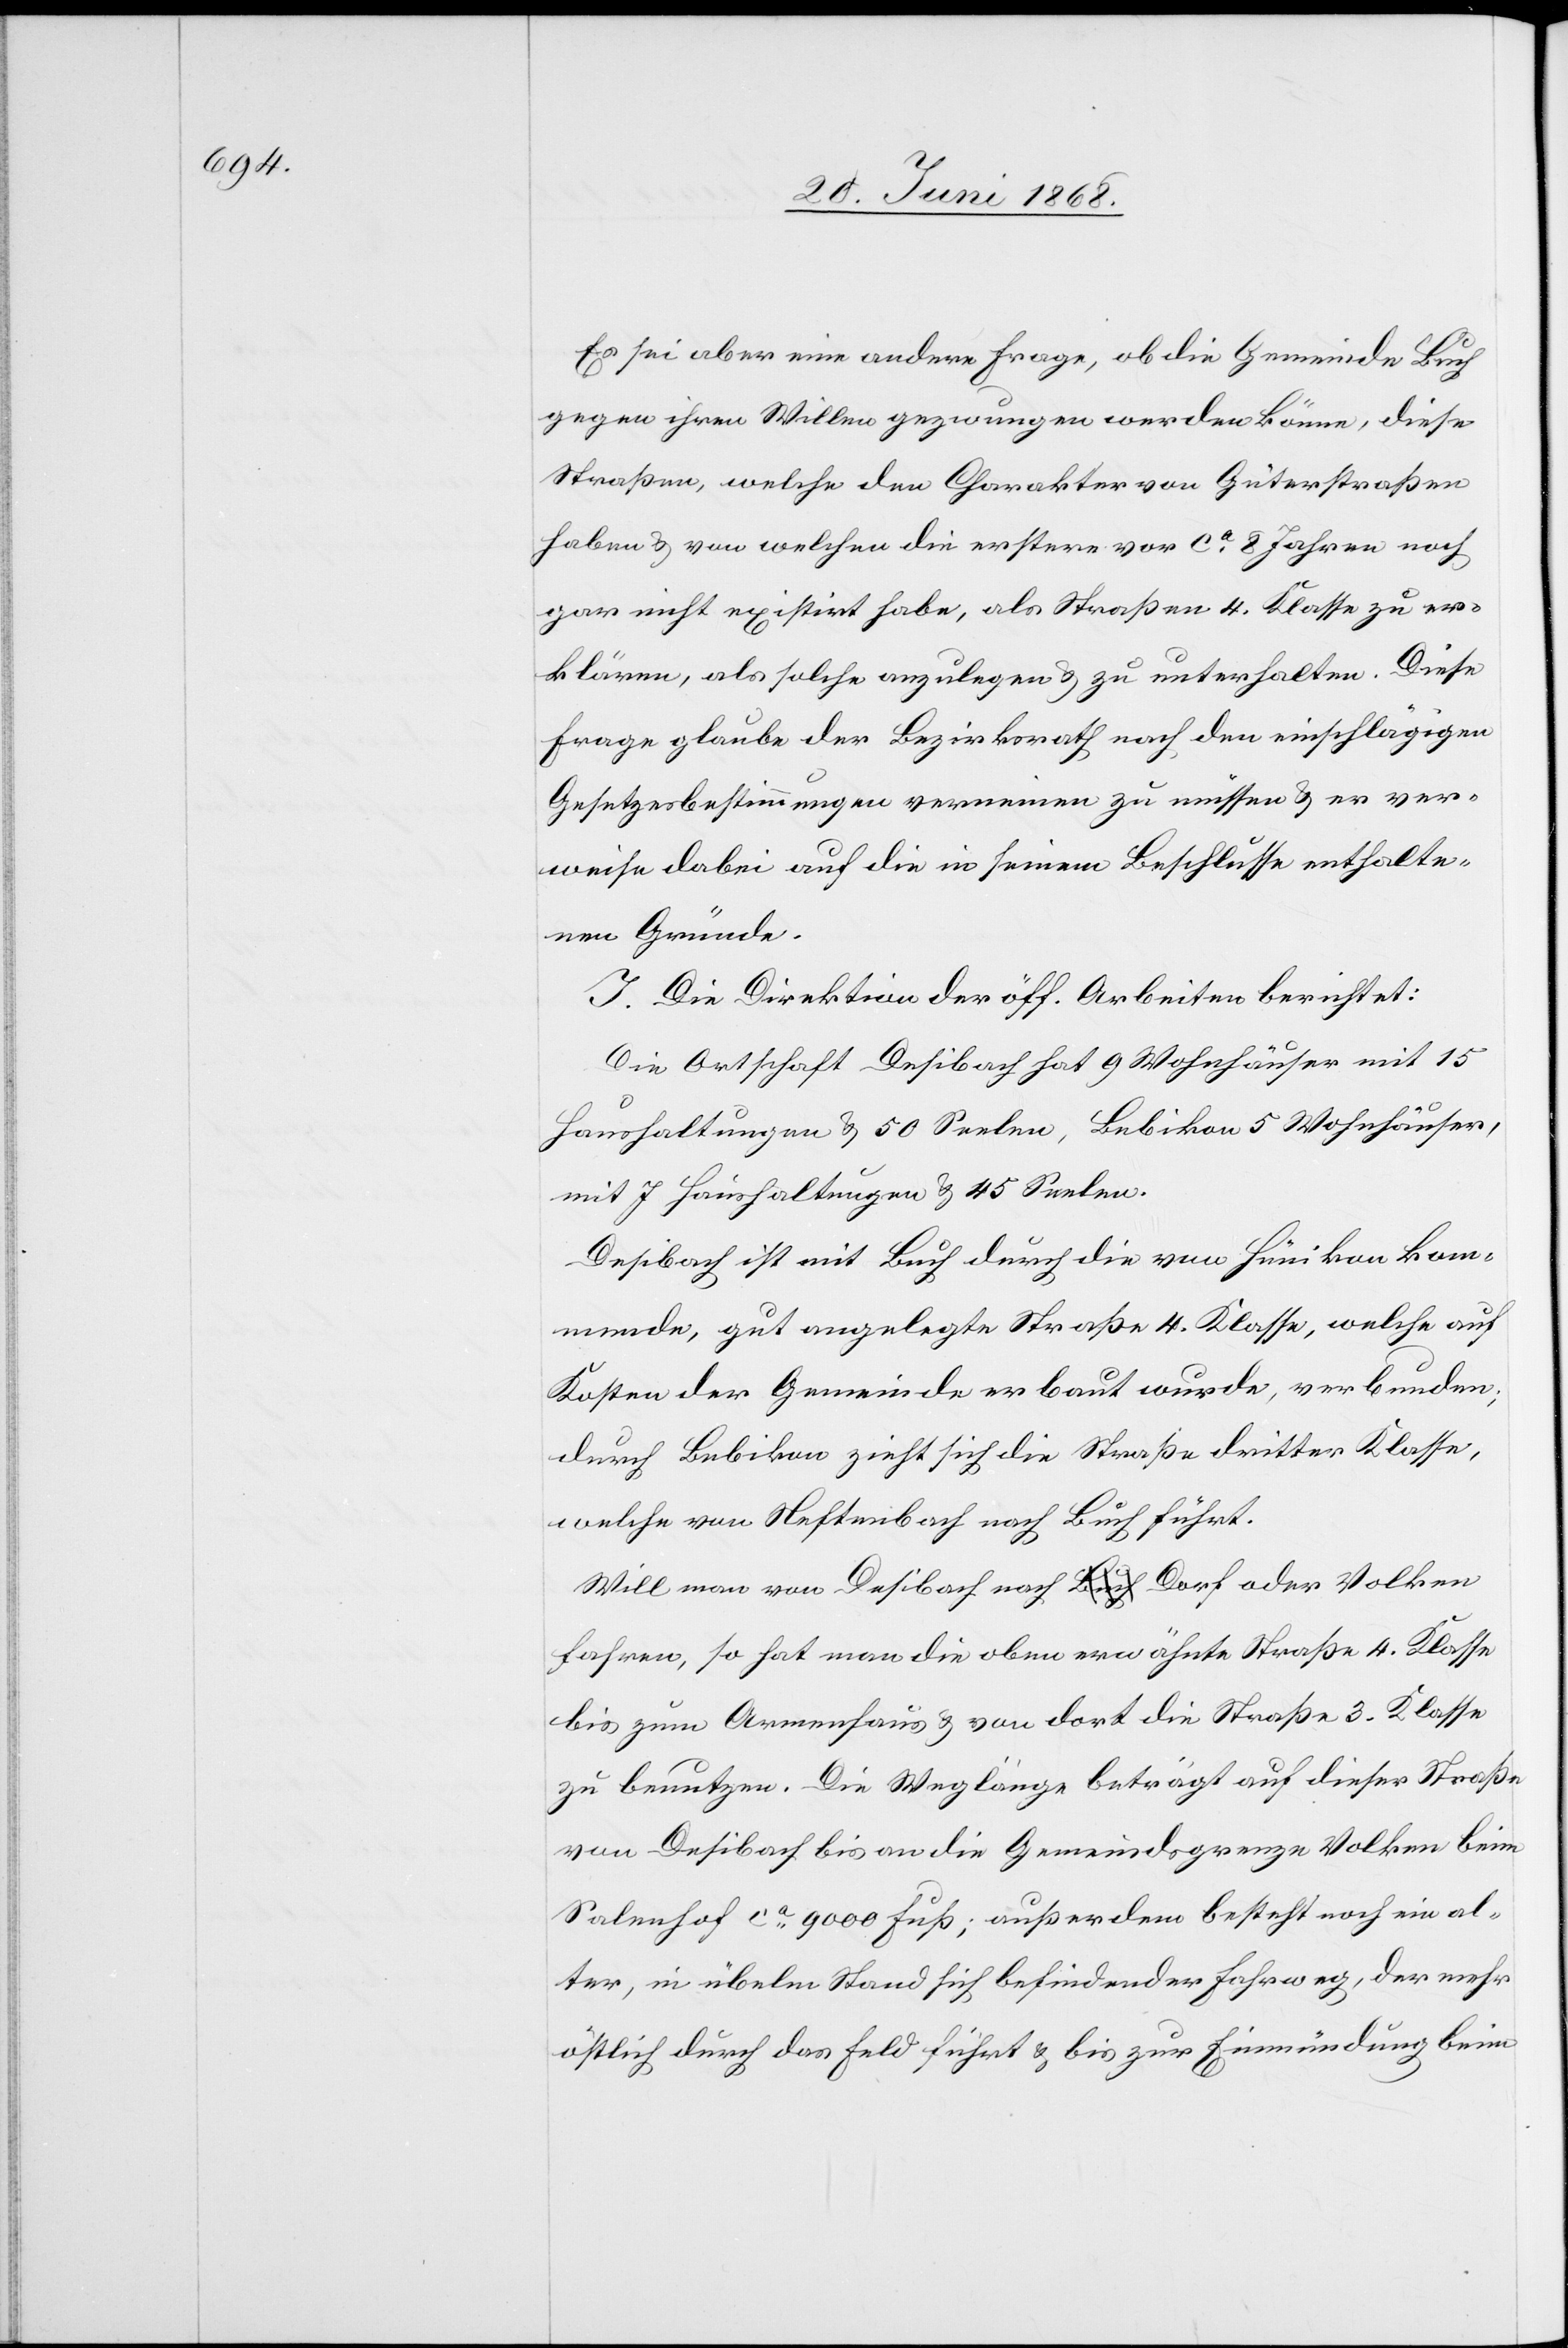
Es sei aber eine andere Frage, ob die Gemeinde Buch
gegen ihren Willen gezwungen werden könne, diese
Straßen, welche den Charakter von Güterstraßen
haben & von welchen die erstere vor ca. 8 Jahren noch
gar nicht existirt habe, als Straßen 4. Klasse zu er¬
klären, als solche anzulegen & zu unterhalten. Diese
Frage glaube der Bezirksrath nach den einschlägigen
Gesetzesbestimmungen verneinen zu müssen & er ver¬
weise dabei auf die in seinem Beschlusse enthalte¬
nen Gründe.
I. Die Direktion der öff. Arbeiten berichtet:
Die Ortschaft Desibach hat 9 Wohnhäuser mit 15
Haushaltungen & 50 Seelen, Bebikon 5 Wohnhäuser,
mit 7 Haushaltungen & 45 Seelen.
Desibach ist mit Buch durch die von Hünikon kom¬
mende, gut angelegte Straße 4. Klasse, welche auf
Kosten der Gemeinde erbaut wurde, verbunden;
durch Bebikon zieht sich die Straße dritter Klasse,
welche von Neftenbach nach Buch führt.
Will man von Desibach nach a-Buch-a Dorf oder Volken
fahren, so hat man die oben erwähnte Straße 4. Klasse
bis zum Armenhaus & von dort die Straße 3. Klasse
zu benutzen. Die Weglänge beträgt auf dieser Straße
von Desibach bis an die Gemeindsgrenze Volken beim
Salenhof ca. 9000 Fuß; außerdem besteht noch ein al¬
ter, in übelm Stand sich befindender Fahrweg, der mehr
östlich durch das Feld führt & bis zur Einmündung beim